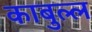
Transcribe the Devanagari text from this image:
काबुल्ल